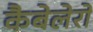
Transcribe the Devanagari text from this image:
कैबेलेरो